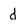
Character: d